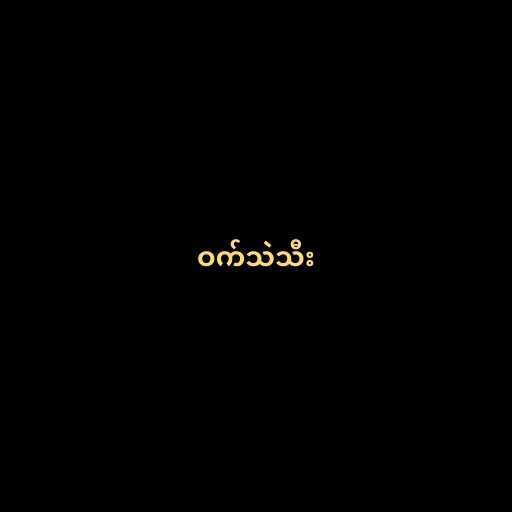
ဝက်သဲသီး